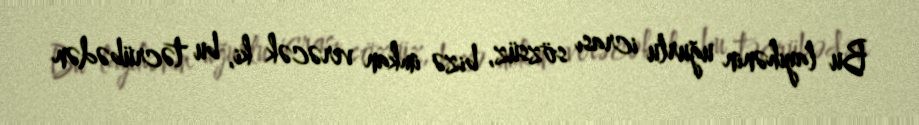
Bu layihənin uğurlu icrası sözsüz, bizə imkan verəcək ki, bu təcrübədən